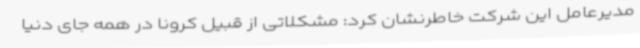
مدیرعامل این شرکت خاطرنشان کرد: مشکلاتی از قبیل کرونا در همه جای دنیا